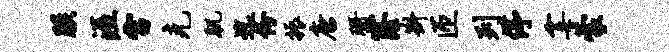
朕涯雷克肌迄份振唐珊窿斟匝列停霎蒙